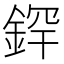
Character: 𫒢